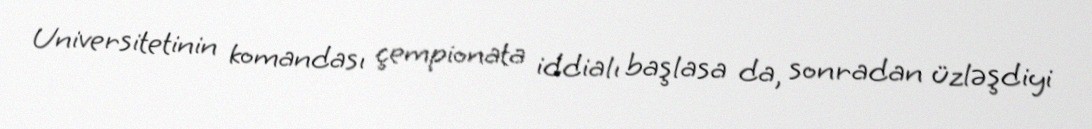
Universitetinin komandası çempionata iddialı başlasa da, sonradan üzləşdiyi